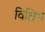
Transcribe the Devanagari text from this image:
विक्षिभ